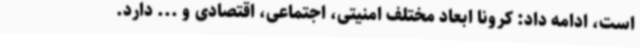
است، ادامه داد: کرونا ابعاد مختلف امنیتی، اجتماعی، اقتصادی و ... دارد.